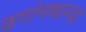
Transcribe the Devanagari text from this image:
ढगांमधल्या